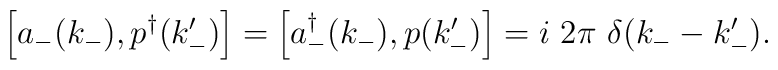
\left[ a_{-}(k_{-}), p^{\dagger}(k'_{-})\right]  =  \left[ a_{-}^{\dag}(k_{-}), p(k'_{-})\right] =i \ 2 \pi \ \delta(k_{-} - k'_{-}).